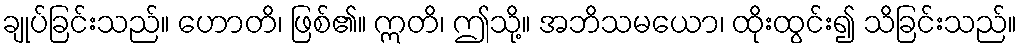
ချုပ်ခြင်းသည်။ ဟောတိ၊ ဖြစ်၏။ ဣတိ၊ ဤသို့။ အဘိသမယော၊ ထိုးထွင်း၍ သိခြင်းသည်။